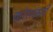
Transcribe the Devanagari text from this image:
कोसळती